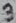
Text: 3